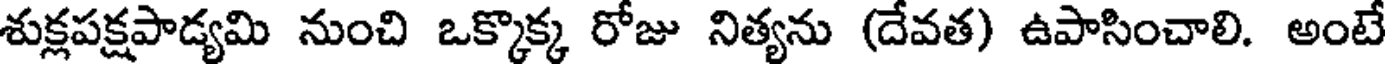
శుక్లపక్షపాడ్యమి నుంచి ఒక్కొక్క రోజు నిత్యను (దేవత) ఉపాసించాలి. అంటే